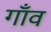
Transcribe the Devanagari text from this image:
गाँँव